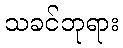
သခင်ဘုရား